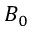
B _ { 0 }